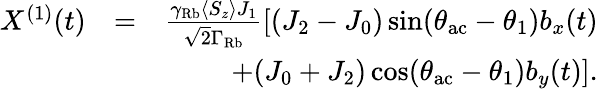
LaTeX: \begin{array}{rlr}{X^{(1)}(t)}&{=}&{\frac{\gamma_{\mathrm{Rb}}\langle S_{z}\rangle J_{1}}{\sqrt{2}\Gamma_{\mathrm{Rb}}}\left[(J_{2}-J_{0})\sin(\theta_{\mathrm{ac}}-\theta_{1})b_{x}(t)\right.}\\ &{}&{\left.+(J_{0}+J_{2})\cos(\theta_{\mathrm{ac}}-\theta_{1})b_{y}(t)\right].}\end{array}